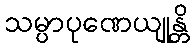
သမ္ပာပုဏေယျုန္တိ